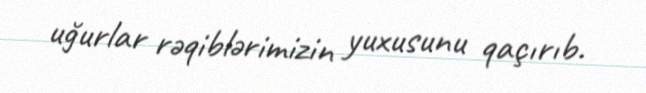
uğurlar rəqiblərimizin yuxusunu qaçırıb.